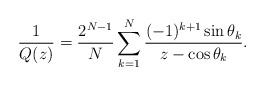
\begin{align*}\frac{1}{Q(z)} = \frac{2^{N-1}}{N} \sum_{k=1}^{N} \frac{(-1)^{k+1} \sin \theta_{k}}{z - \cos \theta_{k}}.\end{align*}